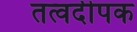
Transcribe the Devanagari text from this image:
तत्वदीपक